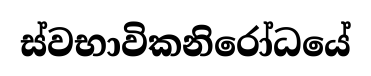
ස්වභාවිකනිරෝධයේ